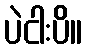
ပဲငါးပိ။